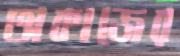
অকাজের